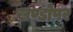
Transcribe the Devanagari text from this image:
खण्डोपर